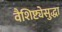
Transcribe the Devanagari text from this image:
वैशिष्ट्येसुद्धा